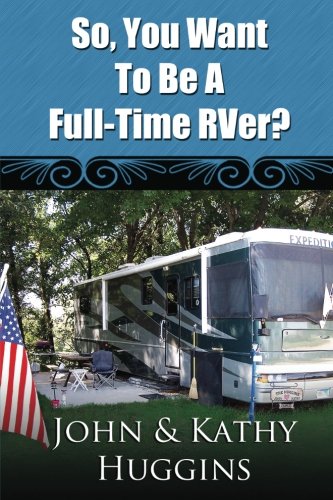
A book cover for So, You Want to be a Full-Time RVer?; John and Kathy Huggins; Sports & Outdoors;